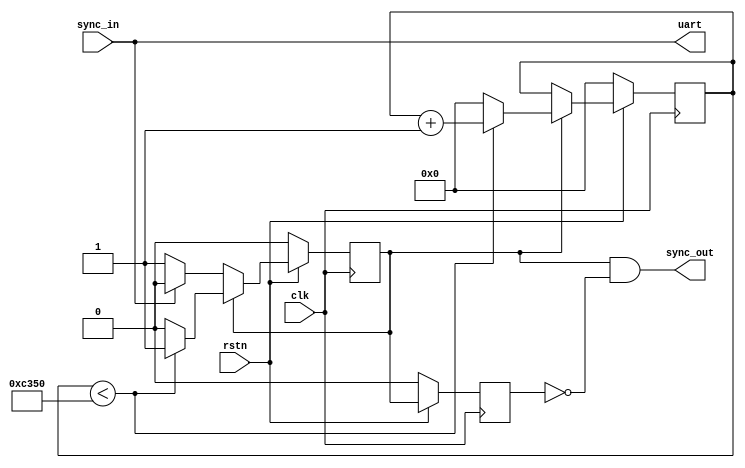
`timescale 1ns / 1ps
//////////////////////////////////////////////////////////////////////////////////
// Company: kuhep
// 
// Design Name: sync_splitter
// Module Name: sync_splitter
// Project Name: el_encoder
// Target Devices: zybo-z7-20
// Tool Versions: Vivado2018.3
// Description: Split synchronization signal
// 
// Dependencies: Standalone
// 
// Revision:
// Revision 0.01 - File Created
// Additional Comments:
// 
//////////////////////////////////////////////////////////////////////////////////


module sync_splitter #(
    parameter N_DEAD    = 50000, // 1ms for 50MHz clock
    parameter N_DEAD_CW = 16     // log2(50000) < 16
    )(
    input   sync_in,
    input   clk,
    input   rstn,
    output  sync_out,
    output  uart);

    reg                 dead;
    reg                 dead_buf;
    reg [N_DEAD_CW-1:0] dead_cnt;
    
    reg [N_DEAD_CW-1:0] uart_cnt;

    // dead & dead_cnt
    always @(posedge clk) begin
        if (~rstn) begin // reset
            dead <= 1'b0;
            dead_cnt <= 1'b0;
        end else begin
            if (dead == 1'b0) begin
                if (sync_in == 1'b0) begin // enable at falling edge
                    dead <= 1'b1;
                end
            end else if (dead == 1'b1) begin 
                if (dead_cnt < N_DEAD) begin // counter
                    dead_cnt <= dead_cnt + 1'b1;
                end else begin // reset at dead_cnt == N_DEAD
                    dead_cnt <= 1'b0;
                    dead <= 1'b0;
                end
            end
        end
    end
    
    // sync_out
    always @(posedge clk) begin
        if (~rstn) begin
            dead_buf <= 1'b0;
        end else begin
            dead_buf <= dead;
        end
    end    
    assign sync_out = (dead == 1'b1) & (dead_buf == 1'b0);

    // uart
    assign uart = sync_in;

endmodule